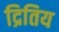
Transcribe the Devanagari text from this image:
द्रितिय